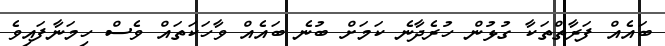
ބައެއް ފަރާތްތަކާ ގުޅުން ހުރެދާނެ ކަމަށް ބުނެ ބައެއް ވާހަކަތައް ވެސް ހިމަނާފައިވެ